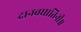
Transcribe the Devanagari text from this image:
दानवघातिनी॥